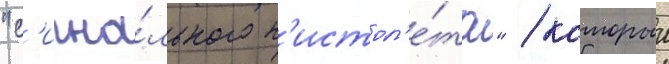
"с'игна́льного п'истол'е́та" / которыи